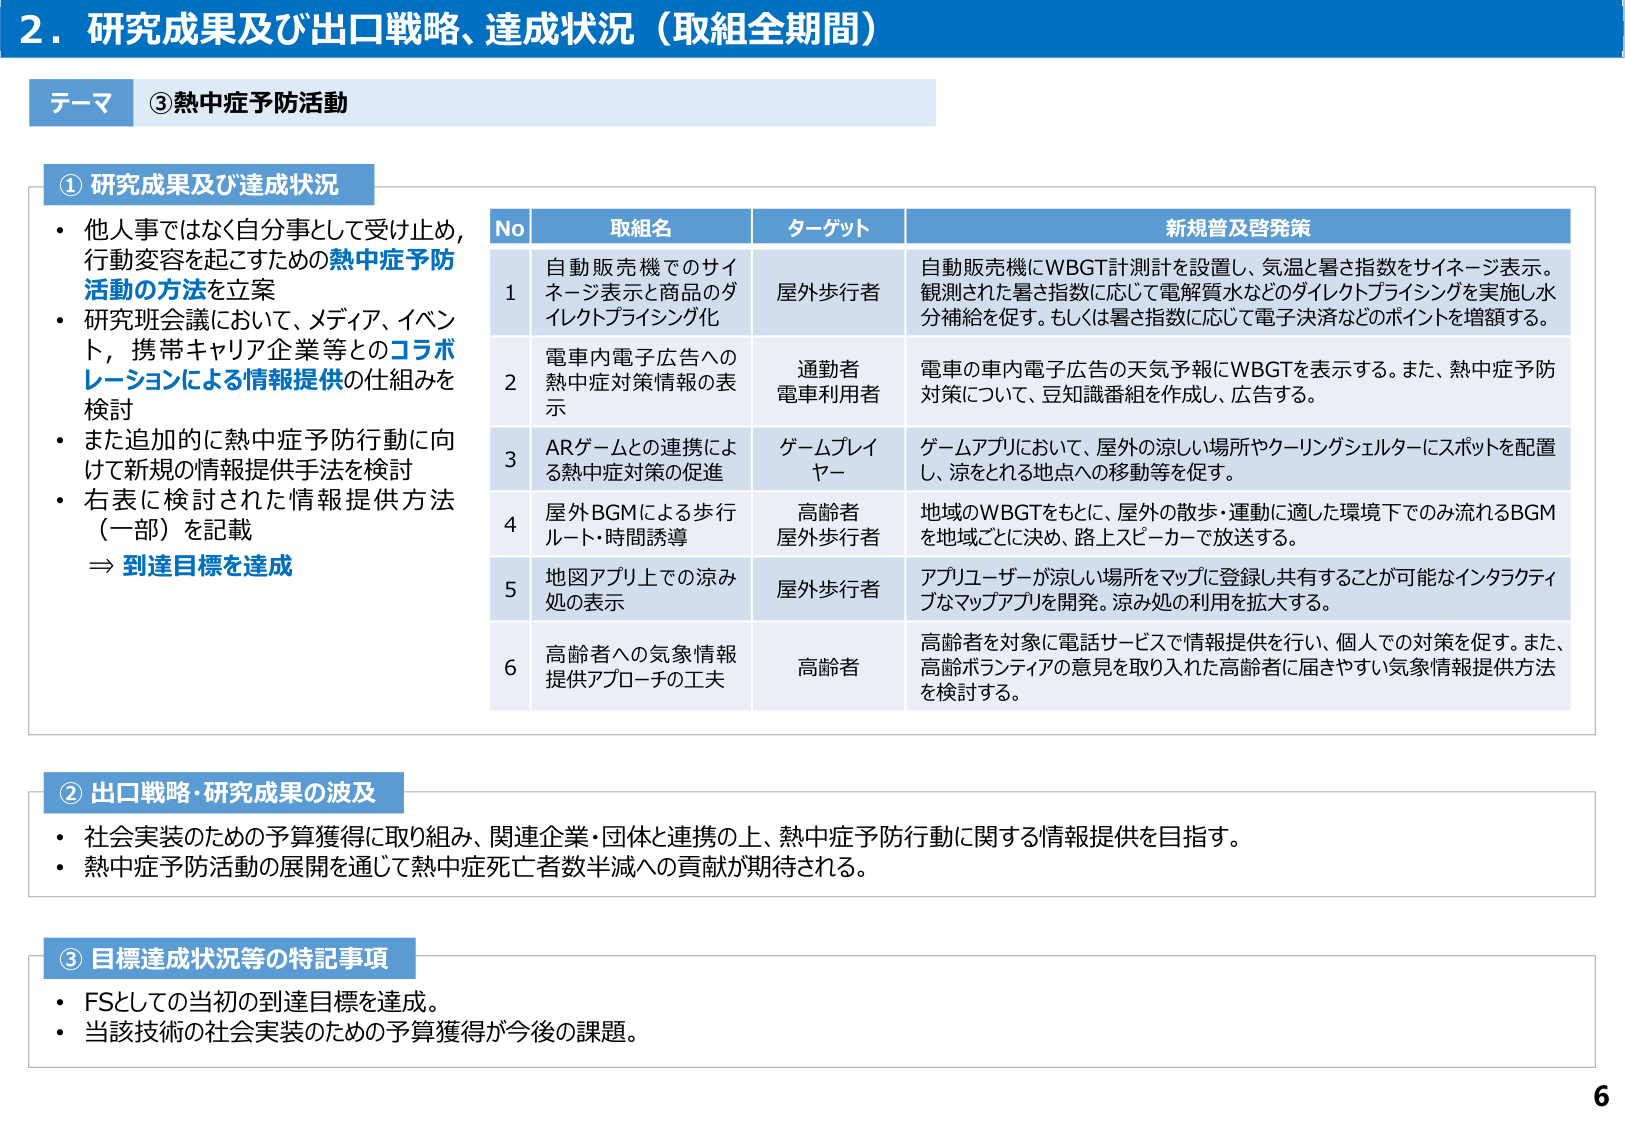
2．研究成果及び出口戦略、達成状況（取組全期間）

テーマ ③熱中症予防活動

① 研究成果及び達成状況
・他人事ではなく自分事として受け止め、行動変容を起こすための熱中症予防活動の方法を立案
・研究班会議において、メディア、イベント、携帯キャリア企業等とのコラボレーションによる情報提供の仕組みを検討
・また追加的に熱中症予防行動に向けて新規の情報提供手法を検討
・右表に検討された情報提供方法（一部）を記載
⇒ 到達目標を達成

No 取組名 ターゲット 新規普及啓発策
1 自動販売機でのサイネージ表示と商品のダイレクトプライング化 屋外歩行者 自動販売機にWBGT計測計を設置し、気温と暑さ指数をサイネージ表示。観測された暑さ指数に応じて電解質水などのダイレクトプライングを実施し水分補給を促す。もしくは暑さ指数に応じて電子決済などのポイントを増額する。
2 電車内電子広告への熱中症対策情報の表示 通勤者 電車利用者 電車の車内電子広告の天気予報にWBGTを表示する。また、熱中症予防対策について、豆知識番組を作成し、広告する。
3 ARゲームとの連携による熱中症対策の促進 ゲームプレイヤー ゲームアプリにおいて、屋外の涼しい場所やクーリングシェルターにスポットを配置し、涼をとれる地点への移動等を促す。
4 屋外BGMによる歩行ルート・時間誘導 高齢者 屋外歩行者 地域のWBGTをもとに、屋外の散歩・運動に適した環境下でのみ流れるBGMを地域ごとに決め、路上スピーカーで放送する。
5 地図アプリ上での涼み処の表示 屋外歩行者 アプリユーザーが涼しい場所をマップに登録し共有することが可能なインタラクティブなマップアプリを開発。涼み処の利用を拡大する。
6 高齢者への気象情報提供アプローチの工夫 高齢者 高齢者を対象に電話サービスで情報提供を行い、個人での対策を促す。また、高齢ボランティアの意見を取り入れた高齢者に届きやすい気象情報提供方法を検討する。

② 出口戦略・研究成果の波及
・社会実装のための予算獲得に取り組み、関連企業・団体と連携の上、熱中症予防行動に関する情報提供を目指す。
・熱中症予防活動の展開を通じて熱中症死亡者数半減への貢献が期待される。

③ 目標達成状況等の特記事項
・FSとしての当初の到達目標を達成。
・当該技術の社会実装のための予算獲得が今後の課題。

6